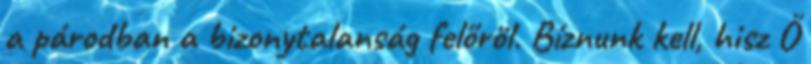
a párodban a bizonytalanság felőröl. Bíznunk kell, hisz Ő